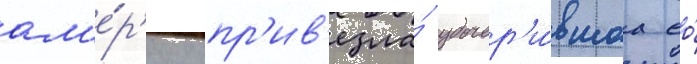
ам'е́р'ику пр'ив'езла́ удочер'и́вшаа ео́